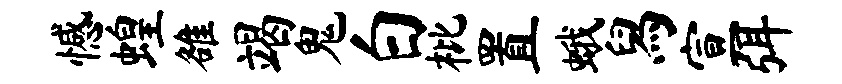
憾蝗雒竭鬼白枇置蛾舄宣弭